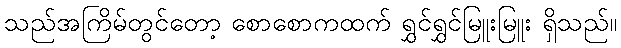
သည်အကြိမ်တွင်တော့ စောစောကထက် ရွှင်ရွှင်မြူးမြူး ရှိသည်။